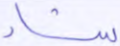
شاء